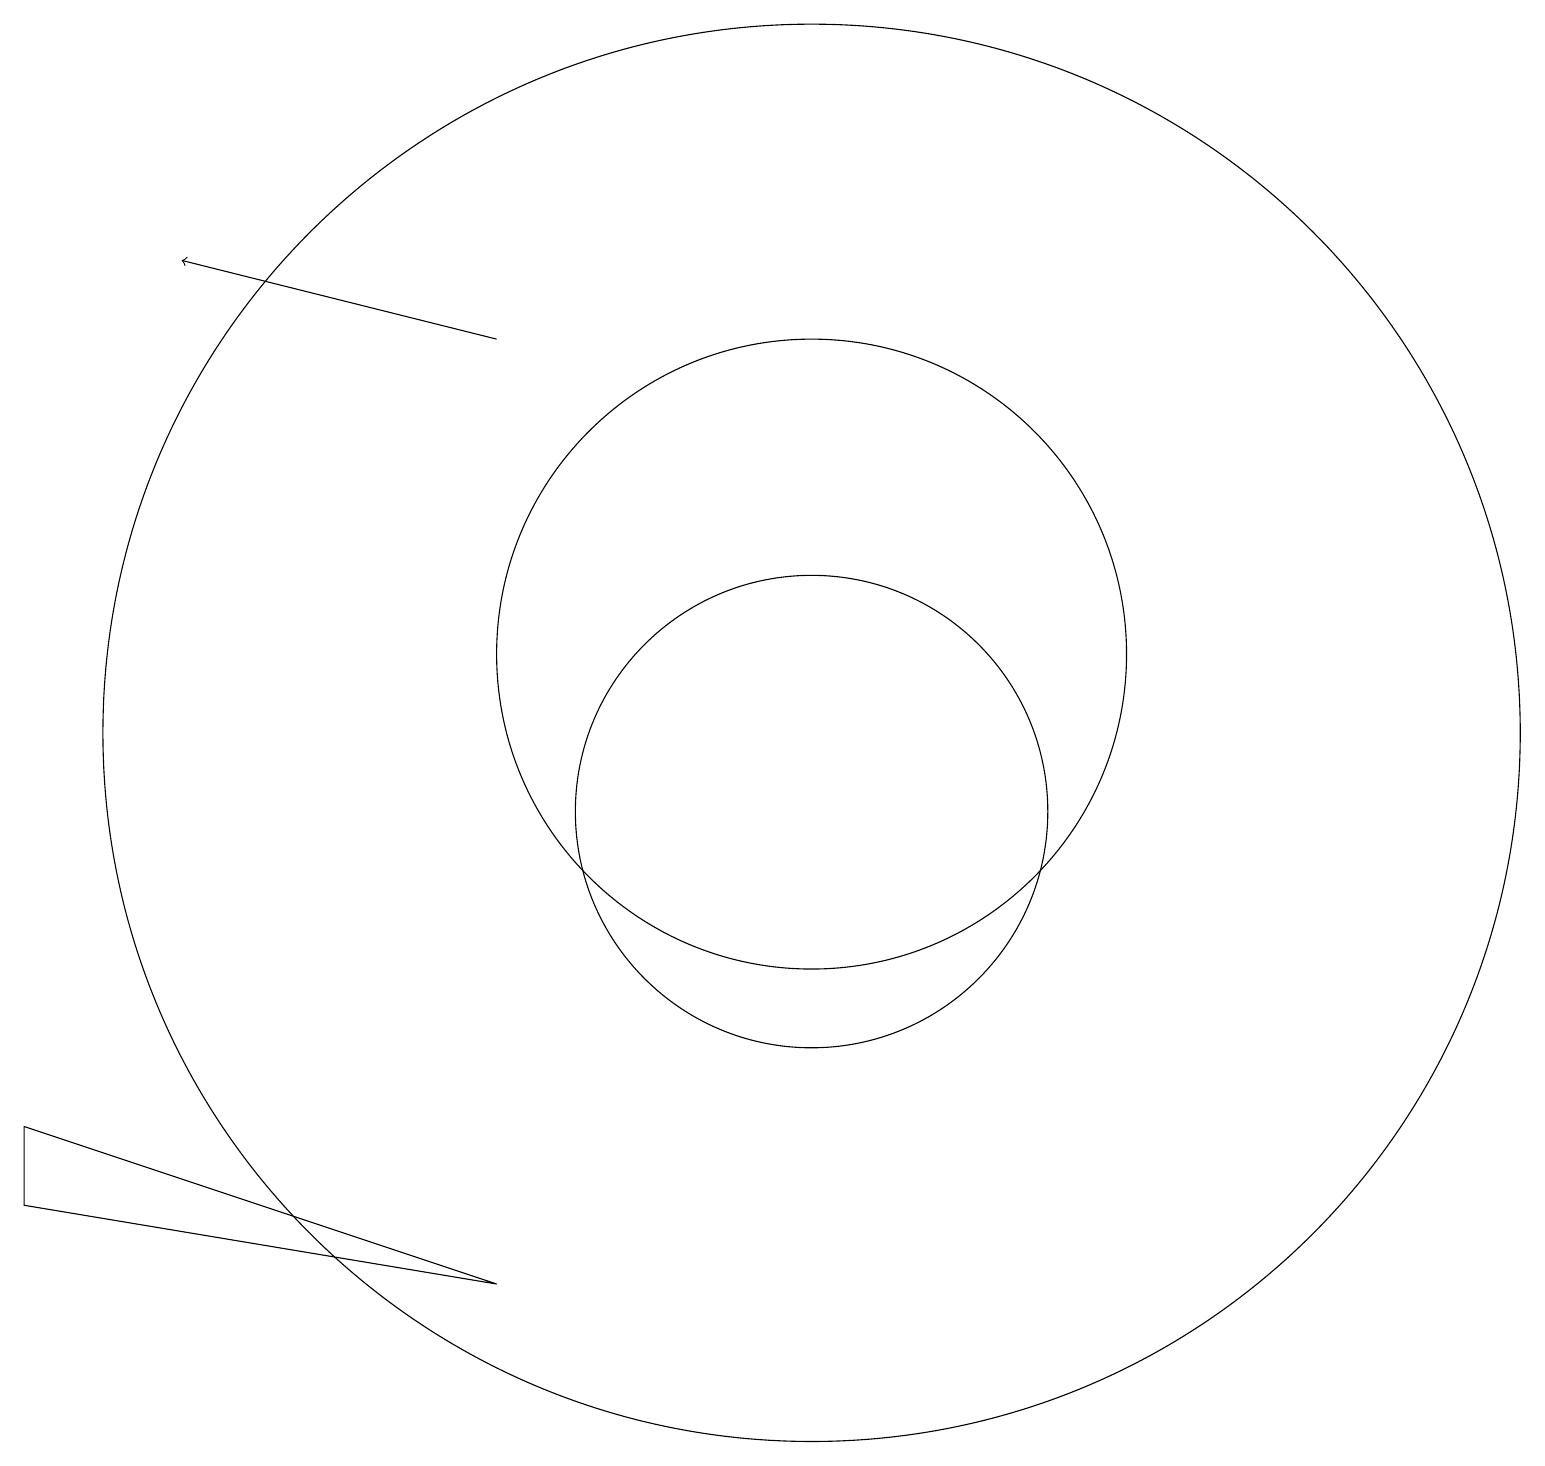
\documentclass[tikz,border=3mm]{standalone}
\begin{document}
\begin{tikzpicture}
\draw (1,6) -- (7,4) -- (1,5) -- cycle;
\draw[->] (7,16) -- (3,17);
\draw (11,10) circle (3);
\draw (11,12) circle (4);
\draw (11,11) circle (9);
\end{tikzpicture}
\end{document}